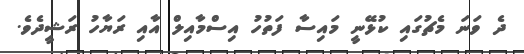
ދެ ވަނަ މެޗުގައި ކުޅޭނީ މައިސާ ފަތުހު އިސްމާއިލް އާއި ރަޔާހު ރަޝީދެވެ.